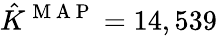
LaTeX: \hat{K}^{\mathrm{~M~A~P~}}=14,539